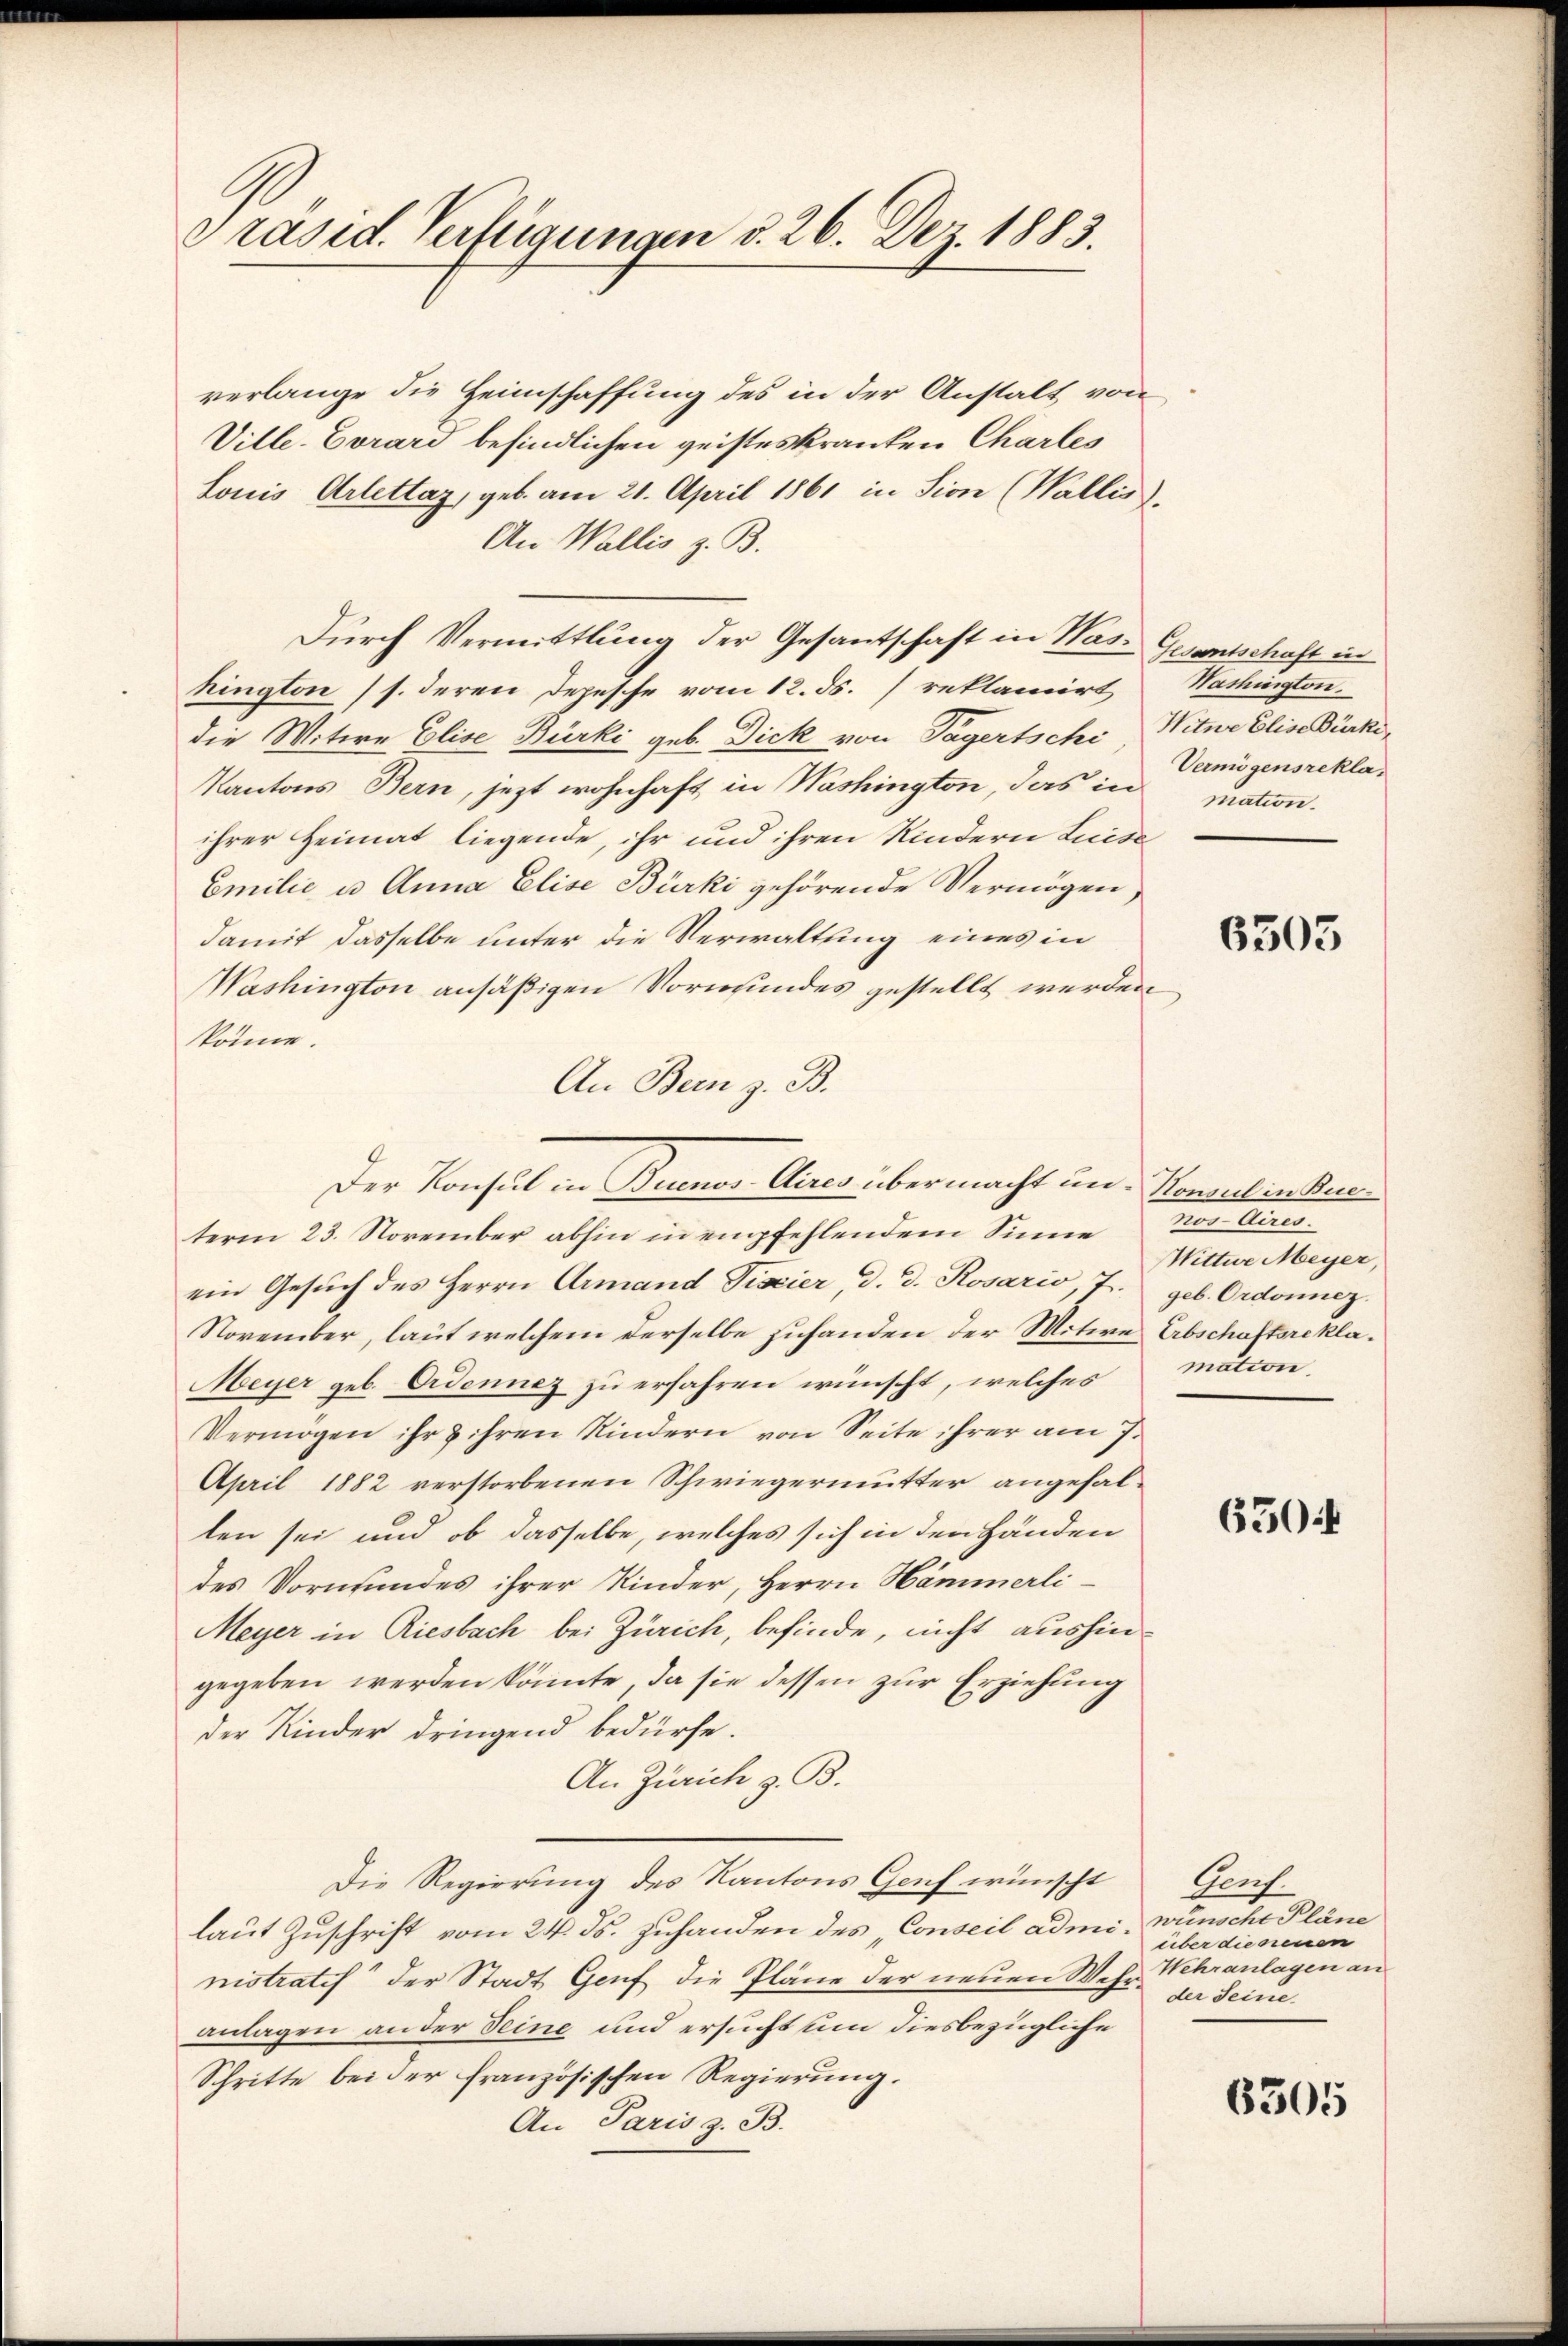
Präsid. Verfügungen d. 26. Dez. 1883.

verlange die Heimschaffung des in der Anstalt von
Ville-Evrard befindlichen geisteskranken Charles
Louis Arlettaz, geb. am 21. April 1861 in sion (Wallis
An Wallis z. B.
Durch Vermittlung der Gesantschaft in Washington (s. deren Depesche vom 12. ds. reklamirt
die Witwe Elise Bürki geb. Dick von Tagertschi
Kantons Bern, jezt wohnhaft in Washington, das in mation.
ihrer Heimat liegende, ihr und ihren Kindern Luise
Emilie u. Anna Elise Bürki gehörende Vermögen,
damit dasselbe unter die Verwaltung eines in
Washington ansäßigen Vormundes gestellt werden
könne.
An Bern z. B.
term 23. November abhin in empfehlendem Sinne
ein Gesuch des Herrn Armand Piscier, d. d. Rosario, J.
November, laut welchem derselbe zuhanden der Mitwe Abschaftsrekla¬
Meyer geb. Ordennez zu erfahren wünscht, welches
Vermögen ihr & ihren Kindern von Seite ihrer am 7.
April 1882 verstorbenen Schwiegermutter angehallen sei und ob dasselbe, welches sich in den Händen
des Vormundes ihrer Kinder, Herrn Hämmerli¬
Meyer in Riesbach bei Zürich, befinde, nicht aushingegeben werden könnte, da sie dessen zur Erziehung
der Kinder dringend bedürfe.
An Zürich z. B.
Die Regierung des Kantons Genf wünscht
laut Zuschrift vom 24. ds. zuhanden des Conseil administratif der Stadt Genf die Pläne der neuen Wehr Wehranlagen an
anlagen an der Seine und ersucht um diesbezügliche
Schritte bei der französischen Regierung.
An Paris z. B.

Der Konsul in Buenos Aires übermacht un- Konsulinkun

Gesantschaft in
Washington.
Witwe Elise Bürki,
Vermögensrekla¬

6305

tus Aires.
Wittwe Meyer,
geb. Ordonnez.
mation

e

650

Genf
nunterlan
über die neuen
der Seine

6305